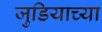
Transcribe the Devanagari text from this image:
जुडियाच्या